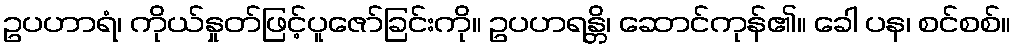
ဥပဟာရံ၊ ကိုယ်နှုတ်ဖြင့်ပူဇော်ခြင်းကို။ ဥပဟရန္တိ၊ ဆောင်ကုန်၏။ ခေါ ပန၊ စင်စစ်။